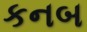
કનબ